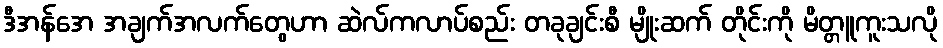
ဒီအန်အေ အချက်အလက်တွေဟာ ဆဲလ်ကလာပ်စည်း တခုချင်းစီ မျိုးဆက် တိုင်းကို မိတ္တူကူးသလို